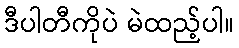
ဒီပါတီကိုပဲ မဲထည့်ပါ။